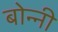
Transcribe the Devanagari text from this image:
बोन्‍नी